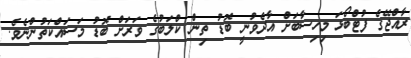
ރާއްޖޭގެ ފުޓްބޯޅަ މިހިސާބަށް އާދެވުނީ ބޮޑު ތިން ކްލަބުގެ ވަރަށް ބޮޑު މަސައްކަތުންނެވެ.